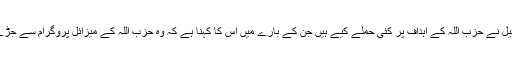
اس ماہ اسرائیل نے حزب اللہ کے اہداف پر کئی حملے کیے ہیں جن کے بارے میں اس کا کہنا ہے کہ وہ حزب اللہ کے میزائل پروگرام سے جڑے ہوئے ہیں۔